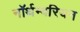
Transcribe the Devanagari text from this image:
नॉर्थम्बरियन